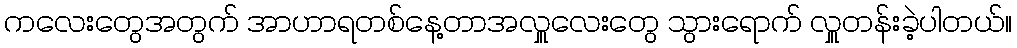
ကလေးတွေအတွက် အာဟာရတစ်နေ့တာအလှူလေးတွေ သွားရောက် လှူတန်းခဲ့ပါတယ်။